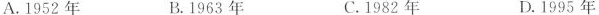
A.1952年 B.1963年 C.1982年 D.1995年